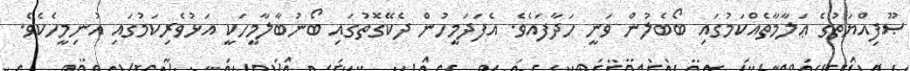
ޞޫފިއްޔަތުގެ ޢަލާމާތެއްކަމުގައި ބޯބެލުން ވަނީ ހަދާފައެވެ. އެފަދަމީހުން ދެކޭގޮތުގައި ބޯނުބާލާމީހަކީ އަޅުވެރިކަމުގައި އުނިމީހެކެވެ.